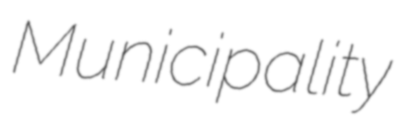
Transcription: Municipality